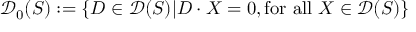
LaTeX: { \mathcal { D } } _ { 0 } ( S ) : = \{ D \in { \mathcal { D } } ( S ) | D \cdot X = 0 , { \mathrm { f o r ~ a l l ~ } } X \in { \mathcal { D } } ( S ) \}